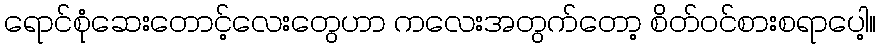
ရောင်စုံဆေးတောင့်လေးတွေဟာ ကလေးအတွက်တော့ စိတ်ဝင်စားစရာပေါ့။